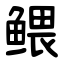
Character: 鳂